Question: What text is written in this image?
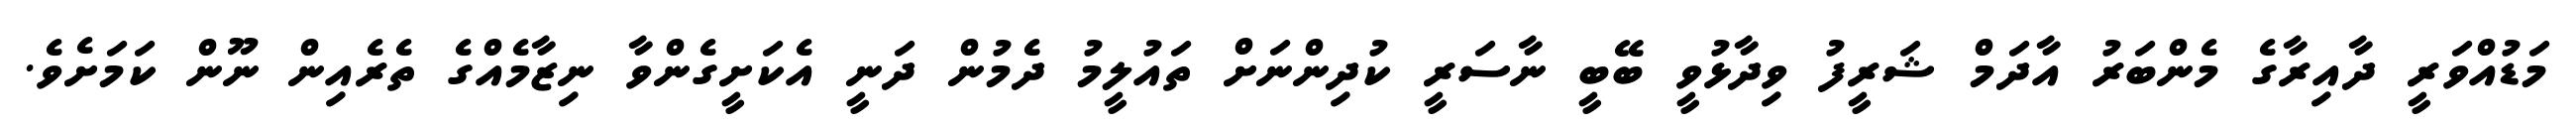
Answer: މަޑުއްވަރީ ދާއިރާގެ މެންބަރު އާދަމް ޝަރީފު ވިދާޅުވީ ބޭބީ ނާސަރީ ކުދިންނަށް ތައުލީމު ދެމުން ދަނީ އެކަށީގެންވާ ނިޒާމެއްގެ ތެރެއިން ނޫން ކަމަށެވެ.